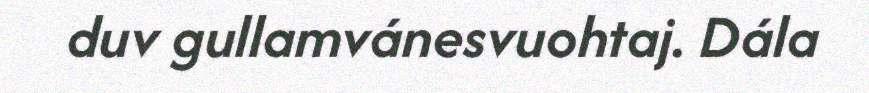
duv gullamvánesvuohtaj. Dála